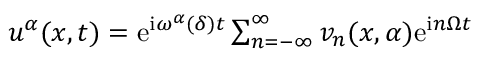
\begin{array} { r } { u ^ { \alpha } ( x , t ) = \mathrm { e } ^ { \mathrm { i } \omega ^ { \alpha } ( \delta ) t } \sum _ { n = - \infty } ^ { \infty } v _ { n } ( x , \alpha ) \mathrm { e } ^ { \mathrm { i } n \Omega t } } \end{array}